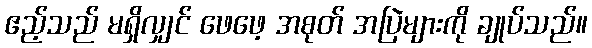
ဧည့်သည် မရှိလျှင် ဖေဖေ့ အစုတ် အပြဲများကို ချုပ်သည်။